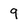
Character: 9